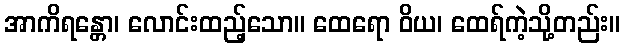
အာကိရန္တော၊ လောင်းထည့်သော။ ထေရော ဝိယ၊ ထေရ်ကဲ့သို့တည်း။